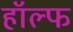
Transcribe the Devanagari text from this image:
हॉल्फ